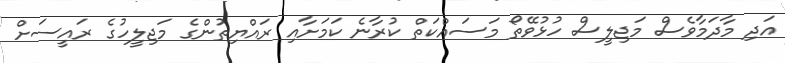
އަދި މާދަމާވެސް މަޖިލީސް ހުޅުވޭތޯ މަސައްކަތް ކުރާނެ ކަމަށާއި ރައްޔިތުންގެ މަޖިލީހުގެ ރައީސަށް